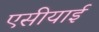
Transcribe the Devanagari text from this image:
एसीयाई